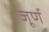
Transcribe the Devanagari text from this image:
जूर्ण